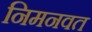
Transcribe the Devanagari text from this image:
निमनवत